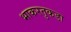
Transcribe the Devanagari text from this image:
भाकरतुकडा